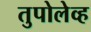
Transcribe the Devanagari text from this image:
तुपोलेव्ह